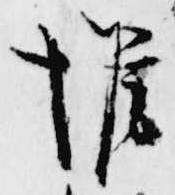
惟